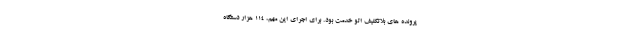
پرونده هاي بلاتكليف اتو خدمت بود. برای اجرای این مهم، ۱۱۴ هزار دستگاه